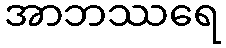
အာဘဿရေ